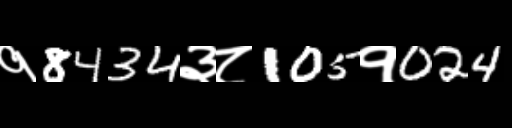
Text: १8434३८105१024